system: You are a helpful assistant.
user:
Analyze the provided spectrum to determine if it is a **M-type Giant (gM)**.

A M-type Giant spectrum is defined by its **strong molecular absorption** features, particularly from **Titanium Oxide (TiO)**. You must check for one of the following mutually exclusive signatures:

- **Key Visual Indicators (Absorption-Dominated Spectrum):**

    - **(Primary):** The spectrum is dominated by strong molecular absorption from **Titanium Oxide (TiO)**. This is the **defining feature** of its M-type temperature class.
        - **(Key Bandheads):** Look for sharp, "saw-tooth" absorption valleys. The strongest are located near **~7050 Å**, **~6160 Å**, and **~5170 Å**.
        - **(Line Profile):** The "saw-tooth" morphology is critical: a **sharp, steep drop on the BLUE (short-wavelength) side** of the bandhead, followed by a gradual recovery (rising flux) towards the RED (long-wavelength) side.

    - **(Key Confirmation - Giant vs. Dwarf):** **ABSENCE** of strong **Calcium Hydride (CaH)** molecular bands. This is the primary diagnostic for *excluding* M-dwarfs.
        - **(Key Region):** The spectrum should lack the strong, broad absorption band seen in dwarfs between **~6800 Å and ~7000 Å**.

    - **(Secondary Confirmation - Giant):** A very strong and broad **Neutral Calcium (Ca I)** atomic absorption line.
        - **(Key Line):** Located at **~4226 Å**. In a giant (gM), this line is significantly deeper and broader than the same line in an M-dwarf (dM) due to low surface gravity.

    - **(Overall Spectrum):**
        - The continuum is **extremely red-sloping** (i.e., flux is very low in the blue and rises dramatically towards the red).
        - The entire spectrum appears "chopped up" by the deep TiO bands.

Think first, call **spectral_visualization_tool** if needed to examine features in detail, then provide your final answer. Your response must adhere to the following strict rules:
1.  **Overall Structure:** Your response must follow the format `<think>...</think> <tool_call>...</tool_call> (if a tool is used) <answer>...</answer>`.
2.  **Tool Usage Constraint:** You may only make **one** tool call per turn.
3.  **Final Answer Format:** In the `<answer>` tag, your conclusion must be inside a `\boxed{}` command (e.g., `\boxed{YES}` or `\boxed{NO}`), followed by your justification.

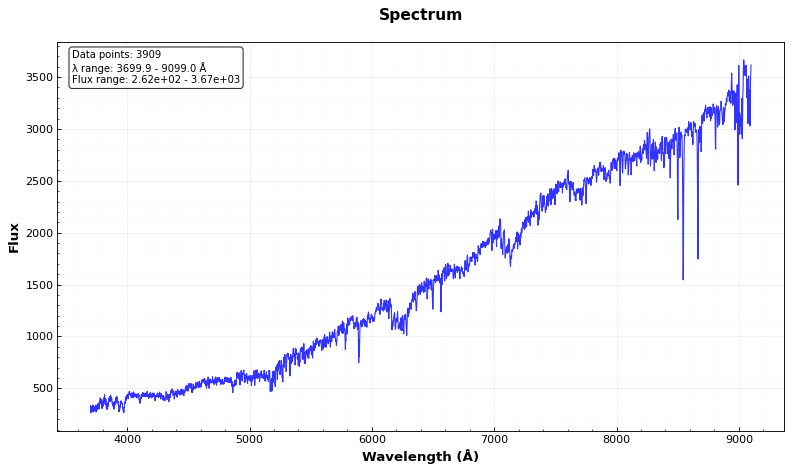
Answer: YES